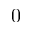
0